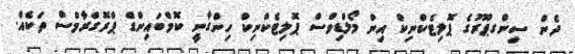
ދެން ސިންގޕޫރުގެ ޕޮލިޓެކްނިކް އިން މޯލްޑިވްސް ޕޮލިޓެކްނިކް ހިންގާނީ ކޮމްބައިންޑް ޕްރޮގްރާމްސް ތަކެއް.